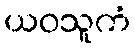
ယဝသူကံ